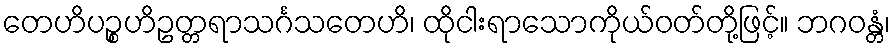
တေဟိပဉ္စဟိဥတ္တရာသင်္ဂသတေဟိ၊ ထိုငါးရာသောကိုယ်ဝတ်တို့ဖြင့်။ ဘဂဝန္တံ၊